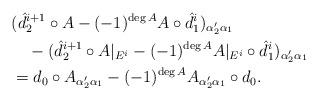
LaTeX: \begin{align*}\aligned&(\hat d_{2}^{i+1}\circ A - (-1)^{\deg A}A\circ \hat d_{1}^{i})_{\alpha'_2\alpha_1}\\&\quad-(\hat d_{2}^{i+1}\circ A\vert_{E^i} -(-1)^{\deg A}A\vert_{E^i}\circ \hat d_{1}^{i})_{\alpha'_2\alpha_1} \\&=d_0 \circ A_{\alpha'_2\alpha_1}- (-1)^{\deg A} A_{\alpha'_2\alpha_1} \circ d_0.\endaligned\end{align*}